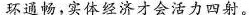
环通畅，实体经济才会活力四射。